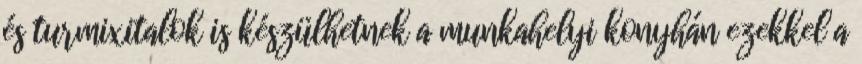
és turmixitalok is készülhetnek a munkahelyi konyhán ezekkel a